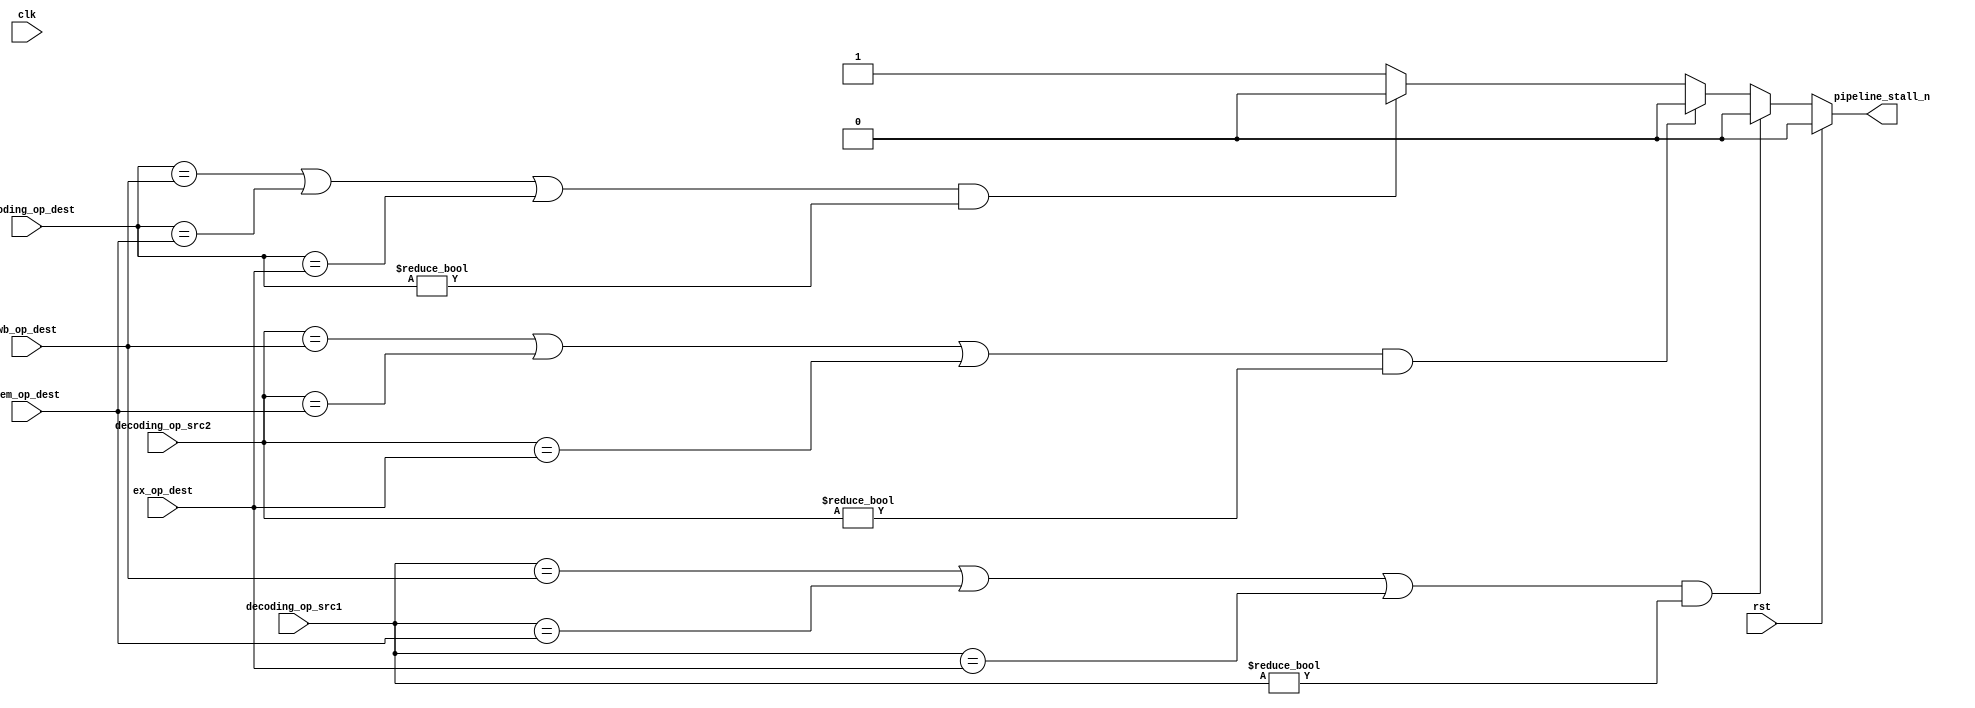
module HAZARD
(
  input       clk,
  input       rst,
  input      [2:0] decoding_op_src1,
  input      [2:0] decoding_op_src2,
  input      [2:0] decoding_op_dest,
  input      [2:0] ex_op_dest,
  input      [2:0] mem_op_dest,
  input      [2:0] wb_op_dest,
  output reg   pipeline_stall_n
);

  always@(*) begin
      pipeline_stall_n = 1;
      
    if(rst) begin
      pipeline_stall_n = 0;
    end
    else if((decoding_op_src1 == wb_op_dest || decoding_op_src1 == mem_op_dest || decoding_op_src1 == ex_op_dest) && (decoding_op_src1 != 0) )
      pipeline_stall_n = 0;
  
    else if((decoding_op_src2 == wb_op_dest || decoding_op_src2 == mem_op_dest || decoding_op_src2 == ex_op_dest) && (decoding_op_src2 != 0) )
      pipeline_stall_n = 0;
      
    else if((decoding_op_dest == wb_op_dest || decoding_op_dest == mem_op_dest || decoding_op_dest == ex_op_dest) && (decoding_op_dest != 0) )
      pipeline_stall_n = 0;
  end
     
endmodule